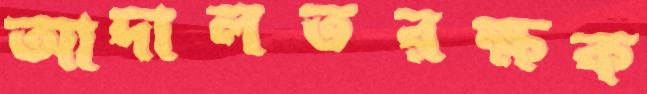
আদালতরক্ষক